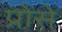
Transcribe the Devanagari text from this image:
प्रोसे